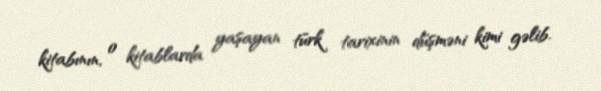
kitabının, o kitablarda yaşayan türk tarixinin düşməni kimi gəlib.